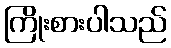
ကြိုးစားပါသည်